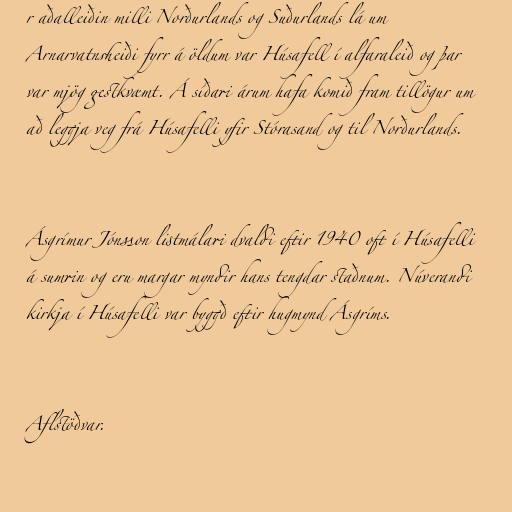
r aðalleiðin milli Norðurlands og Suðurlands lá um
Arnarvatnsheiði fyrr á öldum var Húsafell í alfaraleið og þar
var mjög gestkvæmt. Á síðari árum hafa komið fram tillögur um
að leggja veg frá Húsafelli yfir Stórasand og til Norðurlands.

Ásgrímur Jónsson listmálari dvaldi eftir 1940 oft í Húsafelli
á sumrin og eru margar myndir hans tengdar staðnum. Núverandi
kirkja í Húsafelli var byggð eftir hugmynd Ásgríms.

Aflstöðvar.